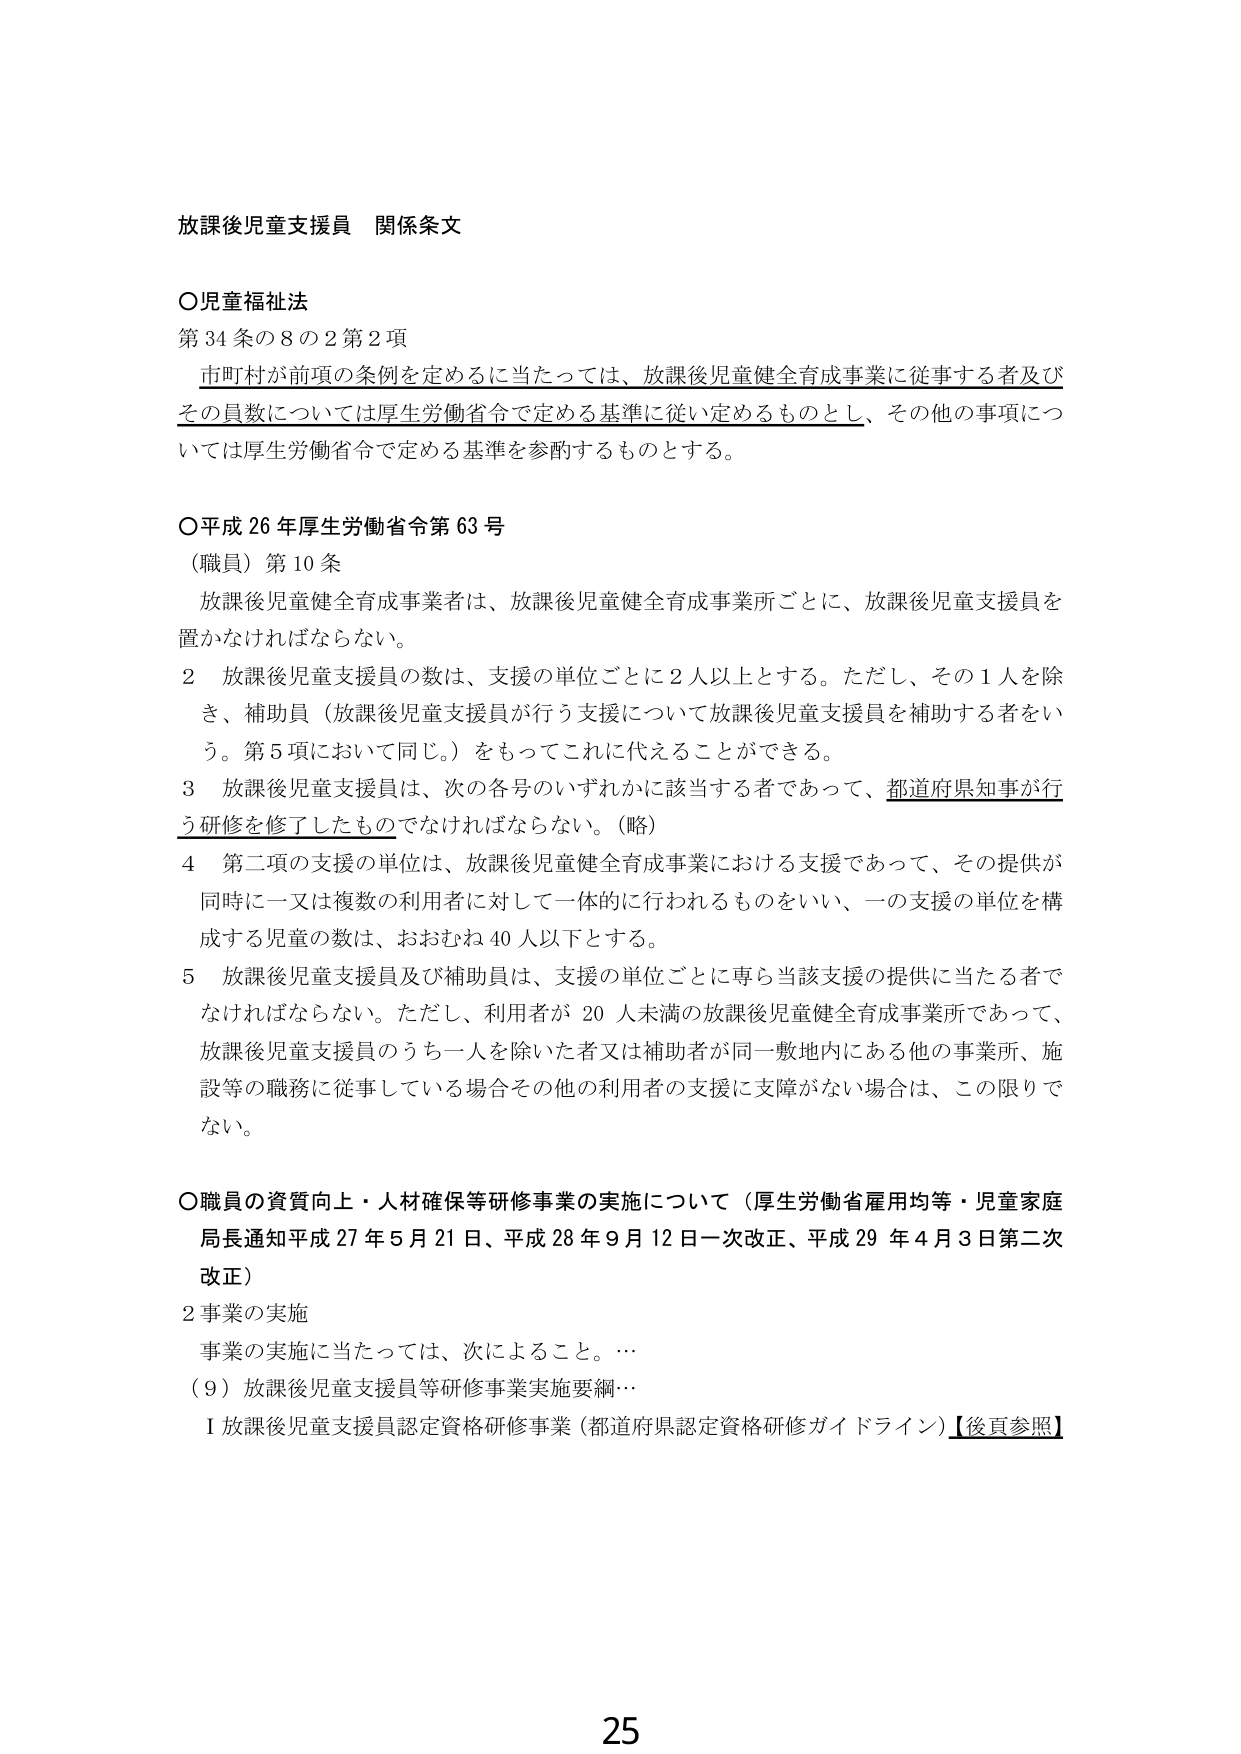
放課後児童支援員 関係条文

○児童福祉法
第34条の8の2第2項
　市町村が前項の条例を定めるに当たっては、放課後児童健全育成事業に従事する者及び
　その員数については厚生労働省令で定める基準に従い定めるものとし、その他の事項につ
　いては厚生労働省令で定める基準を参酌するものとする。

○平成26年厚生労働省令第63号
（職員）第10条
　放課後児童健全育成事業者は、放課後児童健全育成事業所ごとに、放課後児童支援員を
　置かなければならない。
2　放課後児童支援員の数は、支援の単位ごとに2人以上とする。ただし、その1人を除
　き、補助員（放課後児童支援員が行う支援について放課後児童支援員を補助する者をい
　う。第5項において同じ。）をもってこれに代えることができる。
3　放課後児童支援員は、次の各号のいずれかに該当する者であって、都道府県知事が行
　う研修を修了したものでなければならない。（略）
4　第二項の支援の単位は、放課後児童健全育成事業における支援であって、その提供が
　同時に一又は複数の利用者に対して一体的に行われるものをいい、一の支援の単位を構
　成する児童の数は、おおむね40人以下とする。
5　放課後児童支援員及び補助員は、支援の単位ごとに専ら当該支援の提供に当たる者で
　なければならない。ただし、利用者が20人未満の放課後児童健全育成事業所であって、
　放課後児童支援員のうち一人を除いた者又は補助者が同一敷地内にある他の事業所、施
　設等の職務に従事している場合その他の利用者の支援に支障がない場合は、この限りで
　ない。

○職員の資質向上・人材確保等研修事業の実施について（厚生労働省雇用均等・児童家庭
　局長通知平成27年5月21日、平成28年9月12日一次改正、平成29年4月3日第二次
　改正）
2 事業の実施
　事業の実施に当たっては、次によること。…
（9）放課後児童支援員等研修事業実施要綱…
　Ⅰ 放課後児童支援員認定資格研修事業（都道府県認定資格研修ガイドライン）【後頁参照】

25